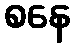
စနေ